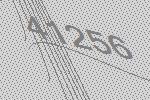
41256